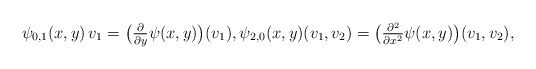
\begin{align*} \psi_{0,1}( x, y ) \, v_1 = \big(\tfrac{ \partial }{ \partial y } \psi( x, y )\big)( v_1 ) , \psi_{2,0}( x, y )( v_1, v_2 ) = \big( \tfrac{ \partial^2 }{ \partial x^2 } \psi( x, y ) \big)( v_1, v_2 ) ,\end{align*}